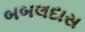
બબલદાસ